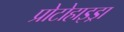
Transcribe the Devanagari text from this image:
प्रोटोहाइड्रा